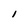
Character: 1